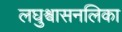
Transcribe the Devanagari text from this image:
लघुश्वासनलिका